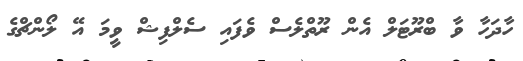
ހާދަހާ ވާ ބްރޫޓަލް އެން ރޫތްލެސް ވެފައި ސެލްފިޝް ވީމަ އޭ ލޯންޗްގެ